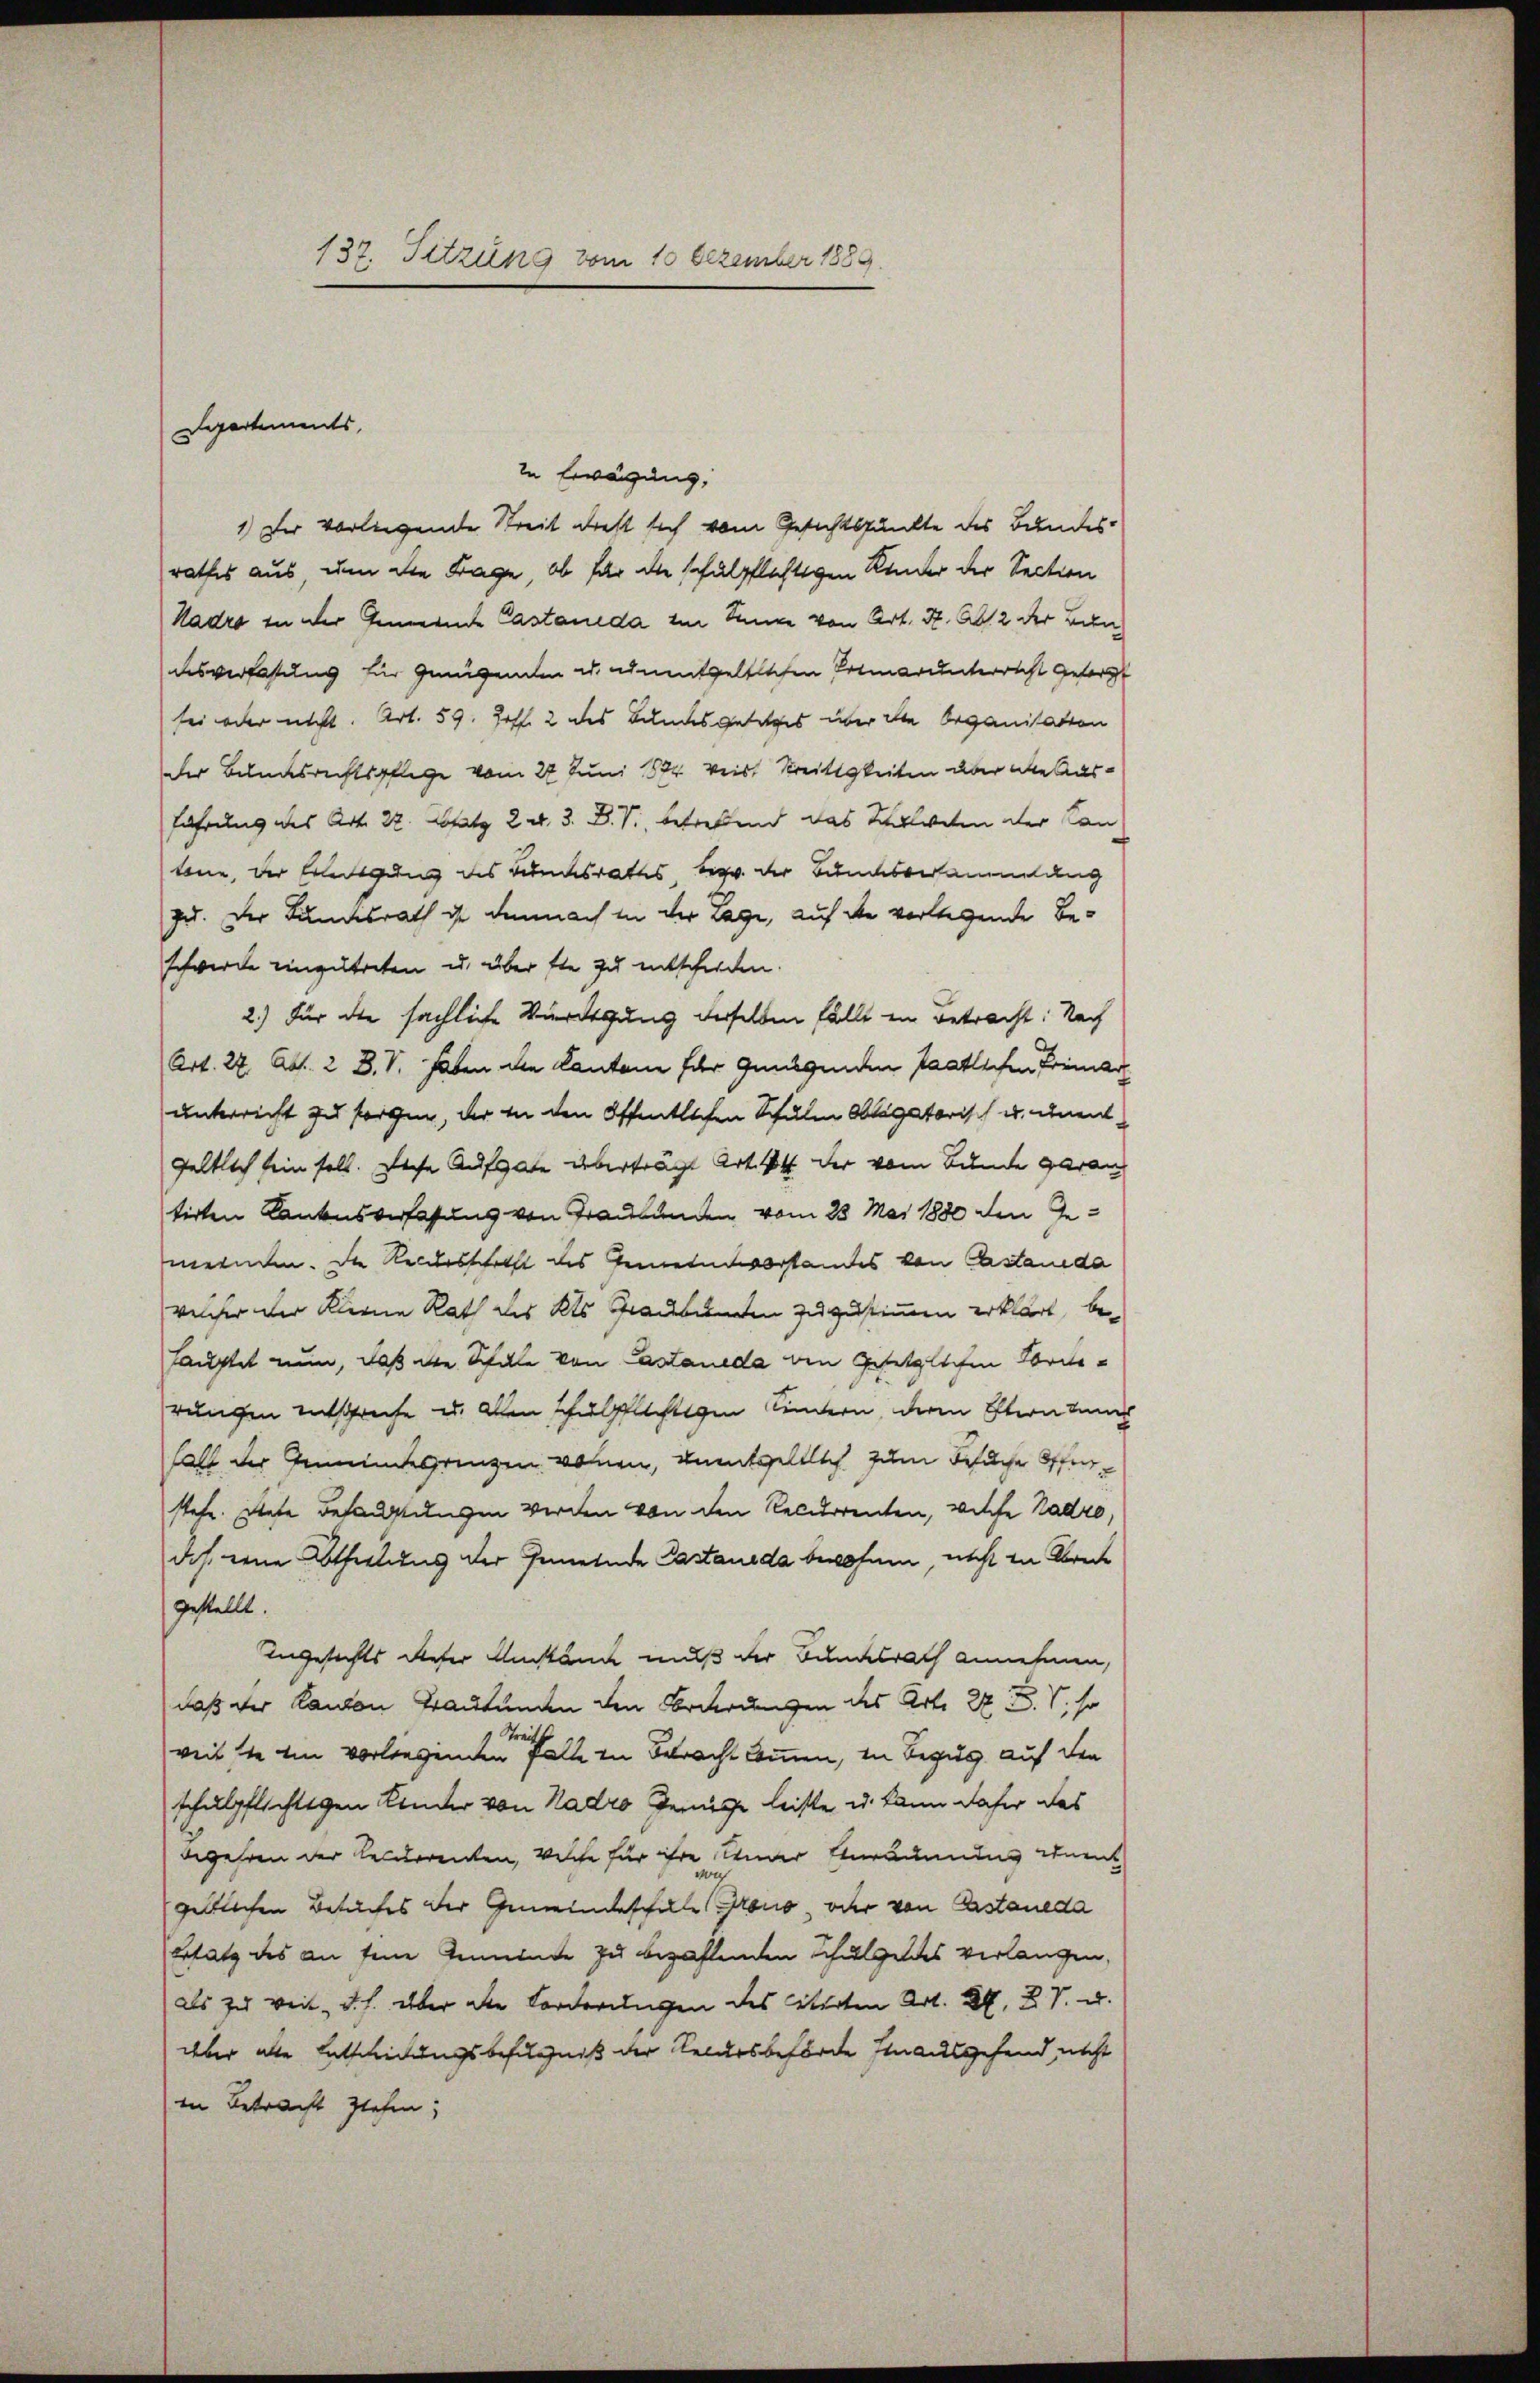
137. Sitzung vom 10 Dezember 1889.

in Erwägung,
1.) Der vorliegende Streit diest sich vom Gesichtspunkte des Bundes-
rathes aus, um die Frage, ob für die schulpflichtigen Kinder der Section
Kadro in der Gemeinde Castaueda im Sinne von Art. H. Abs. 2 der Bundesverfaßung für Genügenden u. unentgeltlichen Primarunterricht gesorgt
sei oder nicht. Art. 59. Hoff. 2 des Bundesgesetzes über die Organisation
Der Belausrichtspflege vom 22 Juni 1884 weist Streitigkeiten aber die Aus-
Führung des Art. 22. Absatz 2 d. 3. D. V., betreffend das Witweten der Can
bne, der Erledigung des Bundesrates bezw. der Bundesversammlung
zu. Der Landesrath ihr demnach in der Lage, auf die verlegende Beschwerde einzutreten u. über sie zu entschieden.
2.) Für die sächliche Verdigung derselben fällt ein Betracht: Nach
Art. 27 Abs. 2 B.V. haben die Kantone für Genügenden Paatlichen Primar
unterricht zu sorgen, der in den öffentlichen Schulen Obligatorisch u. unentgeltlich sein soll. Dache Aufgabe überträgt Art. 4 der vom Bunde Garan
tirten Kantonsverfassung von Graubünden vom 23. Mai 1880 den Gemeinden. Die Recursschrift des Gemeindevorstandes von Castanda
welcher der Kleine Rath des Kts. Graubenten zuzustimmen erklärt, be¬
Hauptet nun, daß die Schule von Astaueda den Gesetzlichen Forderungen entspreche u. Allen schulpflichtigen Kindern, deren Stern dun
halt der Gemeindegrenzen vornen, unentgeltlich zum Besuche Offenstehe. Diese Behauptungen werden von den Recurrenten, welche Kadro,
dch eine Abtheilung der Gemeinde Castanda bewohnen, nicht in Abreite
gestellt.
Ungesichts dieser Umstände muß der Bundesrath annehmen,
daß der Kanton Trautungen den Orderungen des Art. 27 Z. so
weit sie ein vorliegenden alte in Betracht kommen, in Bezug auf den
schulpflichtigen Kinder von Nadro Genüge leiste u. kann daher das
begehren der Recurrenten, welche für ihre Kinder Einräumung einent
geltlichen Besuches der Gemeindeschalle Grano, oder von Erstaneda
Ersatz des an feine Gemeinde zu bezahlenden Schulgeldes verlangen,
als zu weit, d.h. über die Forderungen des terten Art. 27, 2. V. u.
aber alle Entscheidungsbefugniß der Rekursbehörde stausgefand nicht
in Betracht ziehen;

Departements,